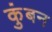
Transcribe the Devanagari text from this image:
कुंबन